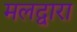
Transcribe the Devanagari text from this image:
मलद्वारा